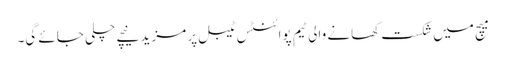
میچ میں شکست کھانے والی ٹیم پوائنٹس ٹیبل پر مزید نیچے چلی جائے گی۔